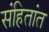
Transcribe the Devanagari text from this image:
संहितांत